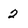
Character: 2